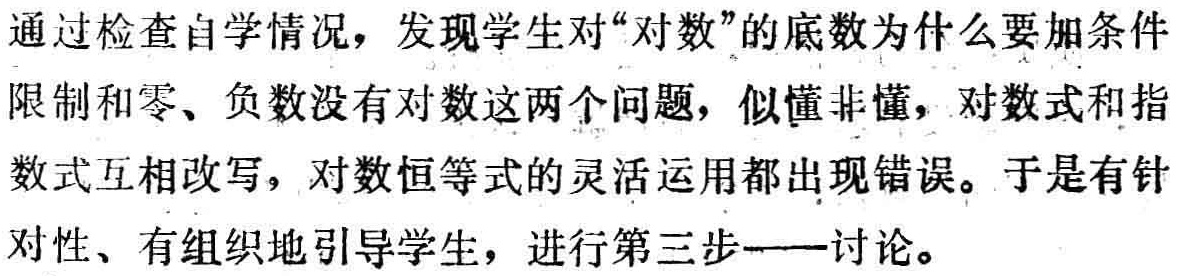
通过检查自学情况，发现学生对“对数”的底数为什么要加条件限制和零、负数没有对数这两个问题，似懂非懂，对数式和指数式互相改写，对数恒等式的灵活运用都出现错误。于是有针对性、有组织地引导学生，进行第三步——讨论。